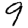
Digit: 9